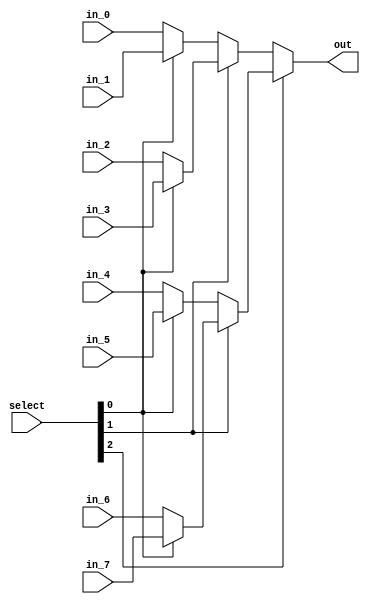
`timescale 1ns / 1ps

module mux_16x8_to_16(
    input [2:0] select,
    input [15:0] in_0, in_1, in_2, in_3, in_4, in_5, in_6, in_7,
    output [15:0] out
    );
    
    assign out = select[2] ? (select[1] ? (select[0] ? in_7 : in_6) : (select[0] ? in_5 : in_4)) : (select[1] ? (select[0] ? in_3 : in_2) : (select[0] ? in_1 : in_0));
endmodule